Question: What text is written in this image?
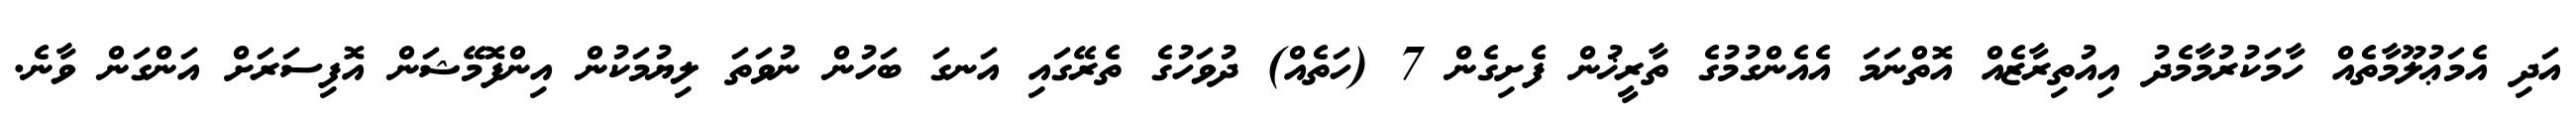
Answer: އަދި އެމަޢުލޫމާތެއް ހާމަކުރުމާމެދު އިއުތިރާޒެއް އޮތްނަމަ އެއެންގުމުގެ ތާރީޚުން ފެށިގެން 7 (ހަތެއް) ދުވަހުގެ ތެރޭގައި އަނގަ ބަހުން ނުވަތަ ލިޔުމަކުން އިންފޮމޭޝަން އޮފިސަރަށް އަންގަން ވާނެ.